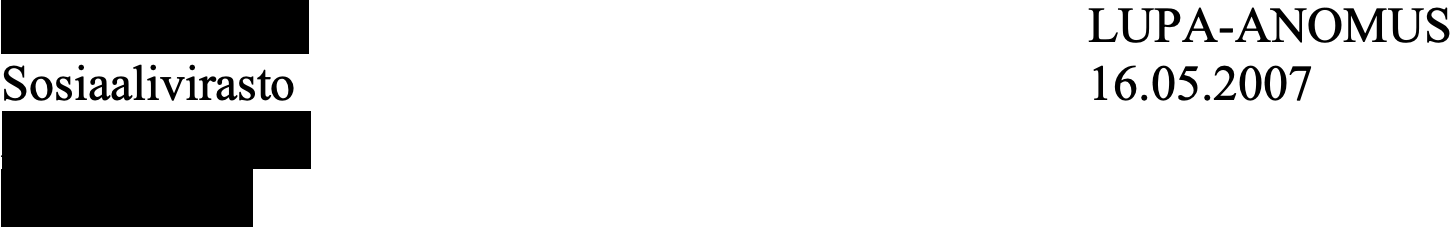
Jarmo Viljanen                      LUPA-ANOMUS Sosiaalivirasto                     16.05.2007 Antinkatu 16 B 28100 PORI